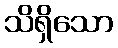
သိရှိသော